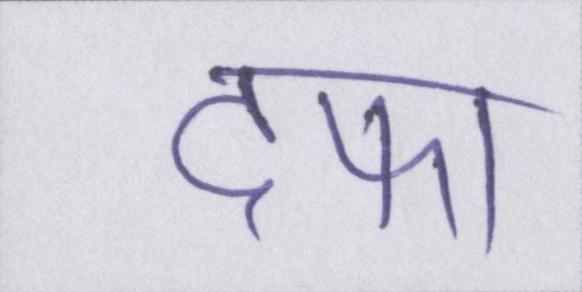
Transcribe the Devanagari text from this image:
दफा